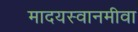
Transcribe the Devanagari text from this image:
मादयस्वानमीवा